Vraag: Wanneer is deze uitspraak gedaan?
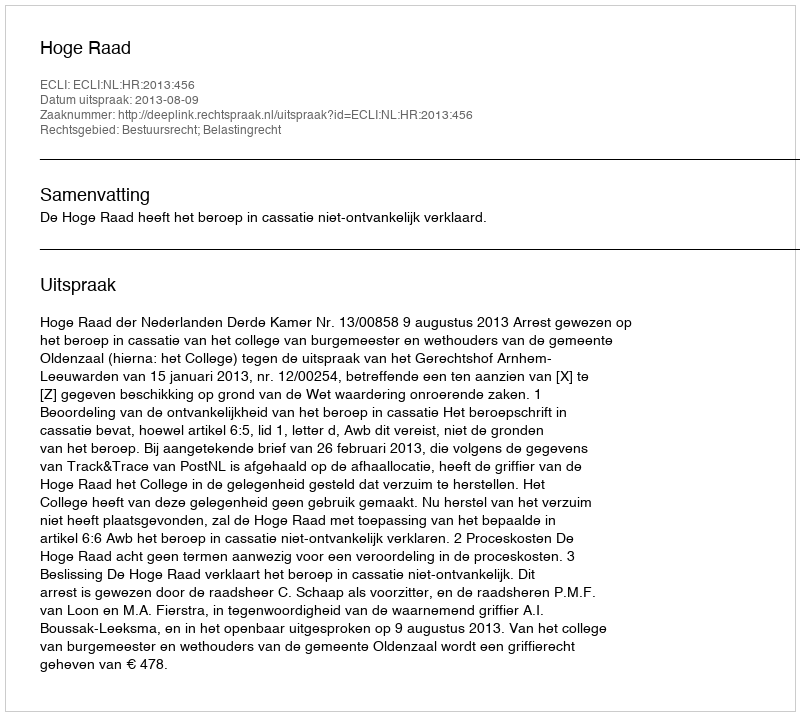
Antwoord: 2013-08-09